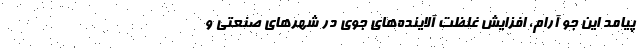
پیامد این جو آرام، افزایش غلظت آلاینده‌های جوی در شهر‌های صنعتی و